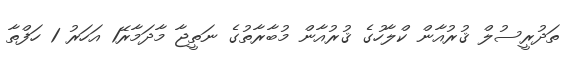
ތަދުރީސުލް ޤުރުއާން ކްލާހުގެ ޤުރުއާން މުބާރާތުގެ ނަތީޖާ މާދަމާރޭ1 އަހަރު 1 ހަފްތާ